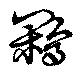
鷴